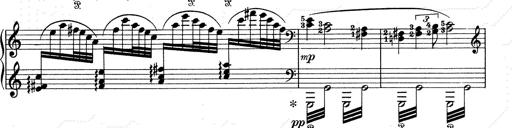
Title: Walhall aus Der Ring des Nibelungen
Composer: Franz Liszt